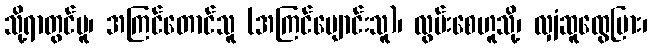
သို့ရာတွင်မူ၊ အကြင်တောင်သူ (အကြင်ပျောင်းသူ)၊ လွမ်းစေဟူသို့၊ လျှံဆူထွေပြား၊